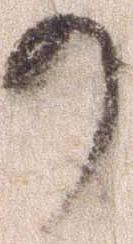
か